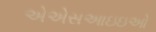
એએસઆઇઇઓ